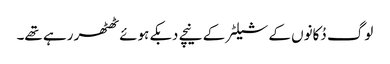
لوگ دُکانوں کے شیلٹر کے نیچے دبکے ہوئے ٹھٹھر رہے تھے۔